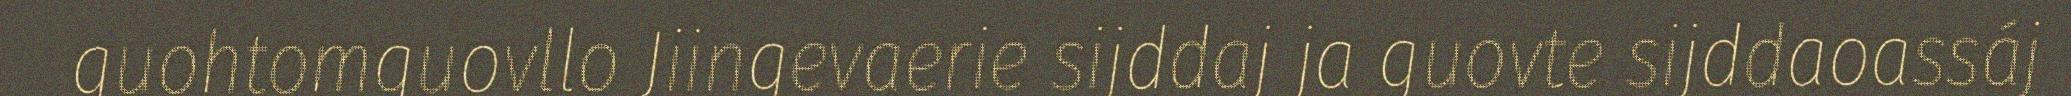
guohtomguovllo Jiingevaerie sijddaj ja guovte sijddaoassáj